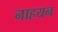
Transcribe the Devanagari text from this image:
नाहयन